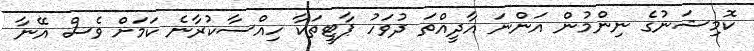
ކޮމިޝަނުގެ ނިންމުން އަންނަ އާދީއްތަ ދުވަހު ޕާޓީތަކާ ހިއްސާކުރާނެ ކަމަށް ވެސް އޭނާ